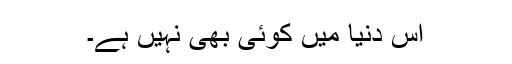
اس دنیا میں کوئی بھی نہیں ہے۔